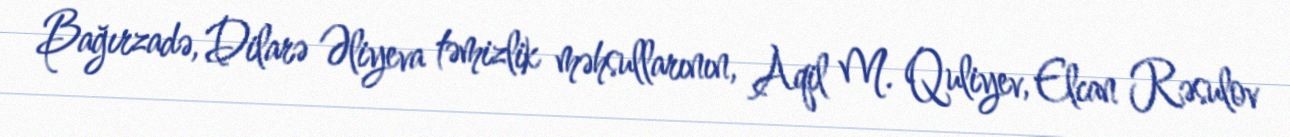
Bağırzadə, Dilarə Əliyeva təmizlik məhsullarının, Aqil M. Quliyev, Elcan Rəsulov